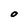
Character: 0